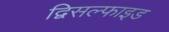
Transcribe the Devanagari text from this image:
द्विसल्फाइड